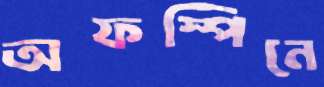
অফস্পিনে